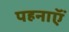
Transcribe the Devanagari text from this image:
पहनाऍं